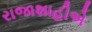
રાજાશાહીએ